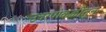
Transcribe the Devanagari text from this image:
उदरपोकळीतून